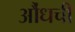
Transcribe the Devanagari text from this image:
औंधची